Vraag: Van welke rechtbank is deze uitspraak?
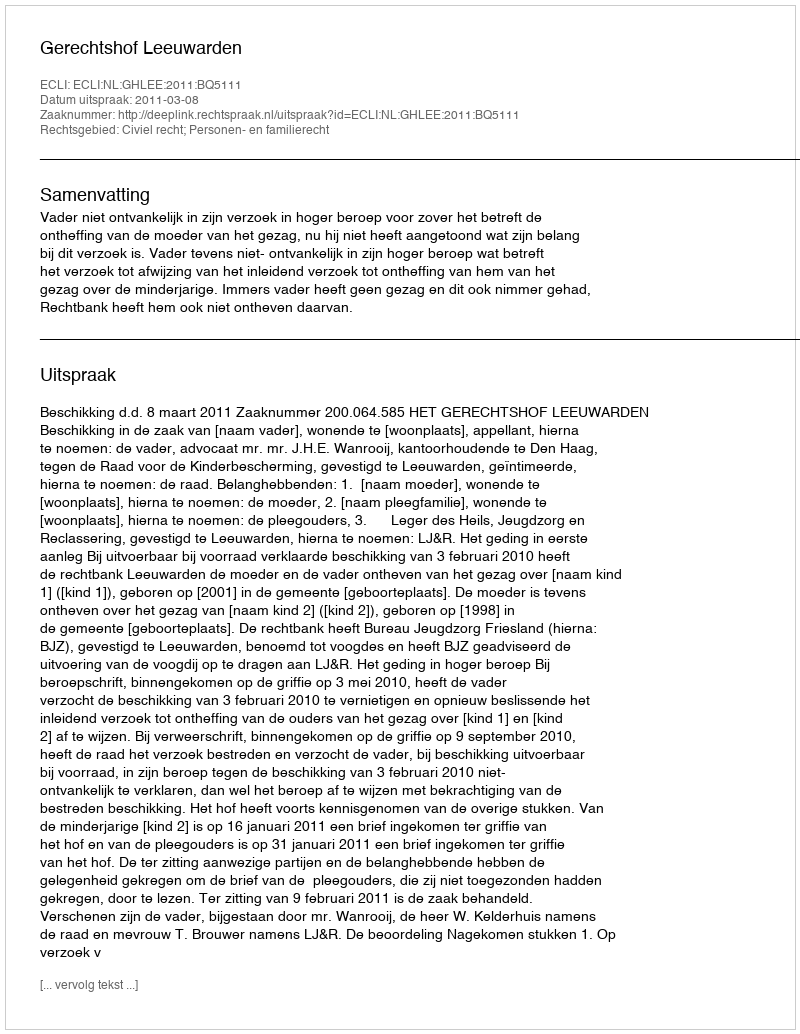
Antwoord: Gerechtshof Leeuwarden